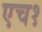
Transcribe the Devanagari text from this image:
एच१